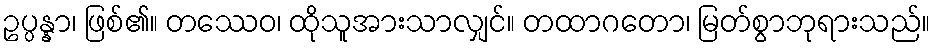
ဥပ္ပန္နာ၊ ဖြစ်၏။ တဿေဝ၊ ထိုသူအားသာလျှင်။ တထာဂတော၊ မြတ်စွာဘုရားသည်။